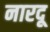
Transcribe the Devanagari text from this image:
नारदू